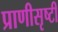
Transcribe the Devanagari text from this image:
प्राणीसृष्टी